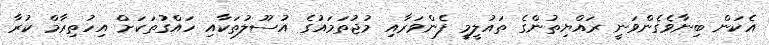
އެކަން ބިނާވެގެންވަނީ ރައްޔިތުންގެ ތައުލީމީ ފެންވަރާއި މުޖުތަމައުގެ އުސޫލުތަކާއި ހައްގުތަކަށް އިހުތިރާމް ކުރާ